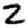
Digit: 2